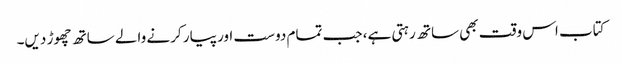
کتاب اس وقت بھی ساتھ رہتی ہے، جب تمام دوست اور پیار کرنے والے ساتھ چھوڑ دیں۔